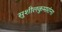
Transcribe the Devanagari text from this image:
सुशीलकुमारांना